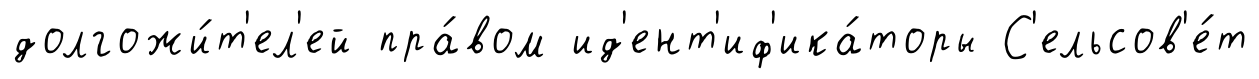
долгожи́т'ел'ей пра́вом ид'ент'иф'ика́торы С'ельсов'е́т